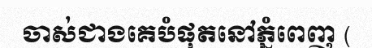
ចាស់ជាងគេបំផុតនៅភ្នំពេញ (